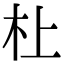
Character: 𪱲